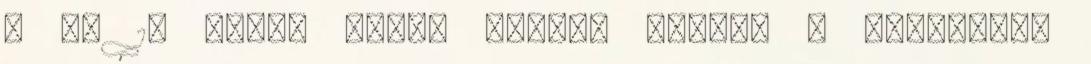
- Az 1. Ukrán Front hídfõt foglal a Visztulán